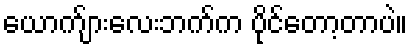
ယောက်ျားလေးဘက်က ပိုင်တော့တာပဲ။